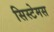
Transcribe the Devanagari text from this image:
सिस्टेमस